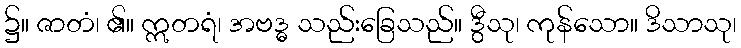
၌။ ဇာတံ၊ ၏။ ဣတရံ၊ အဗဒ္ဓ သည်းခြေသည်။ ဒွီသု၊ ကုန်သော။ ဒိသာသု၊